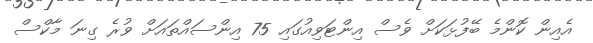
އެއިން ކޮންމެ ބޭފުޅަކަށް ވެސް އިންޓަވިއުގައި 75 އިންސައްތައަށް ވުރެ ގިނަ މާކްސް